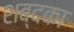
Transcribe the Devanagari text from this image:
शब्दका